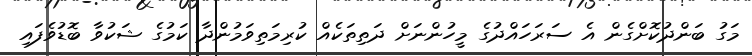
މަގު ބަންދުކޮށްގެން އެ ސަރަހައްދުގެ މީހުންނަށް ދަތިތަކެއް ކުރިމަތިވަމުންދާ ކަމުގެ ޝަކުވާ ބޮޑުވެފައި